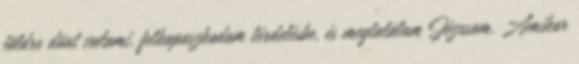
földre dönt valami, felkapaszkodom térdelésbe, és megtalálom Jézusom. Amikor